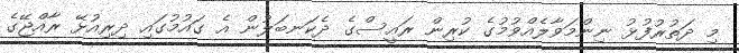
މި ދަތުރުފުޅު ނިންމަވާލެއްވުމުގެ ކުރިން ރައީސްގެ ދެކަނބަލުން އެ ގައުމުގައި ދިރިއުޅޭ ރާއްޖޭގެ